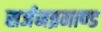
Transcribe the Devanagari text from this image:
सर्जनब्रमाण्ड